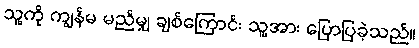
သူ့ကို ကျွန်မ မည်မျှ ချစ်ကြောင်း သူ့အား ပြောပြခဲ့သည်။